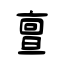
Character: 亶